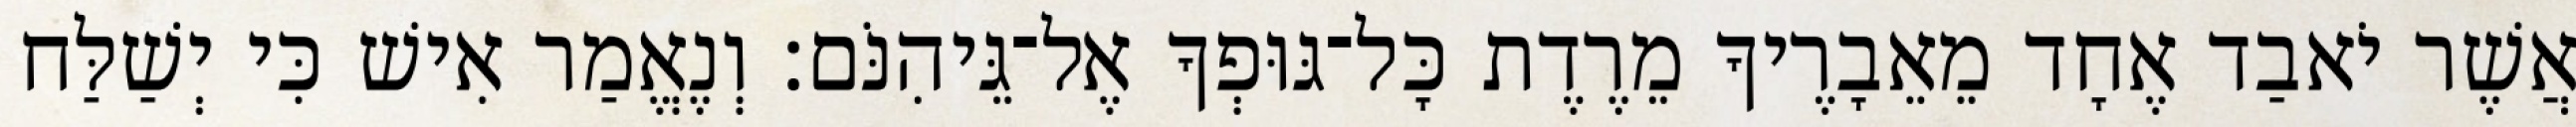
אֲשֶׁר יֹאבַד אֶחָד מֵאֵבָרֶיךָ מֵרֶדֶת כָּל־גּוּפְךָ אֶל־גֵּיהִנֹּם׃ וְנֶאֱמַר אִישׁ כִּי יְשַׁלַּח